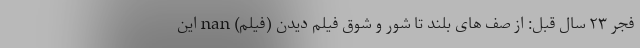
فجر ۲۳ سال قبل: از صف های بلند تا شور و شوق فیلم دیدن (فیلم) nan این